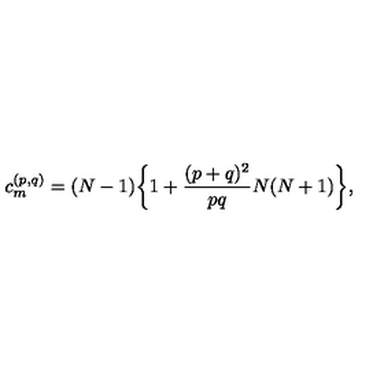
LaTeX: c _ { m } ^ { ( p , q ) } = ( N - 1 ) \bigg \{ 1 + { \frac { ( p + q ) ^ { 2 } } { p q } } N ( N + 1 ) \bigg \} ,